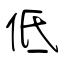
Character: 低